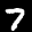
Label: 7